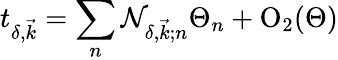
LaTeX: t_{\delta,\vec{k}}=\sum_{n}{\cal N}_{\delta,\vec{k};n}\Theta_{n}+{\mathrm{O}}_{2}(\Theta)